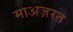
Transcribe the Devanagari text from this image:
माअज़रत